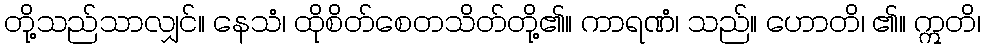
တို့သည်သာလျှင်။ နေသံ၊ ထိုစိတ်စေတသိတ်တို့၏။ ကာရဏံ၊ သည်။ ဟောတိ၊ ၏။ ဣတိ၊